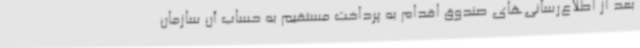
بعد از اطلاع‌رسانی‌های صندوق اقدام به پرداخت مستقیم به حساب آن سازمان